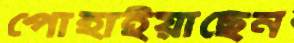
পোহাইয়াছেন